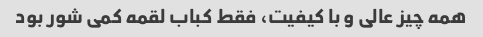
همه چیز عالی و با کیفیت، فقط کباب لقمه کمی شور بود